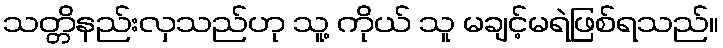
သတ္တိနည်းလှသည်ဟု သူ့ ကိုယ် သူ မချင့်မရဲဖြစ်ရသည်။